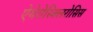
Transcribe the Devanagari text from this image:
ऐथेरोस्क्लिरोसिस